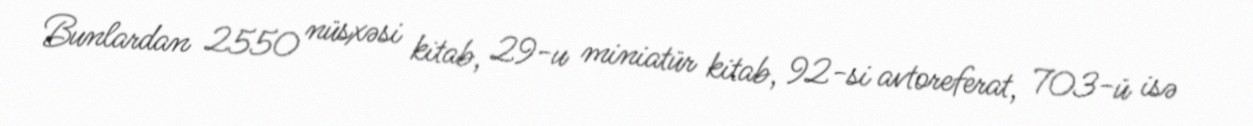
Bunlardan 2550 nüsxəsi kitab, 29-u miniatür kitab, 92-si avtoreferat, 703-ü isə